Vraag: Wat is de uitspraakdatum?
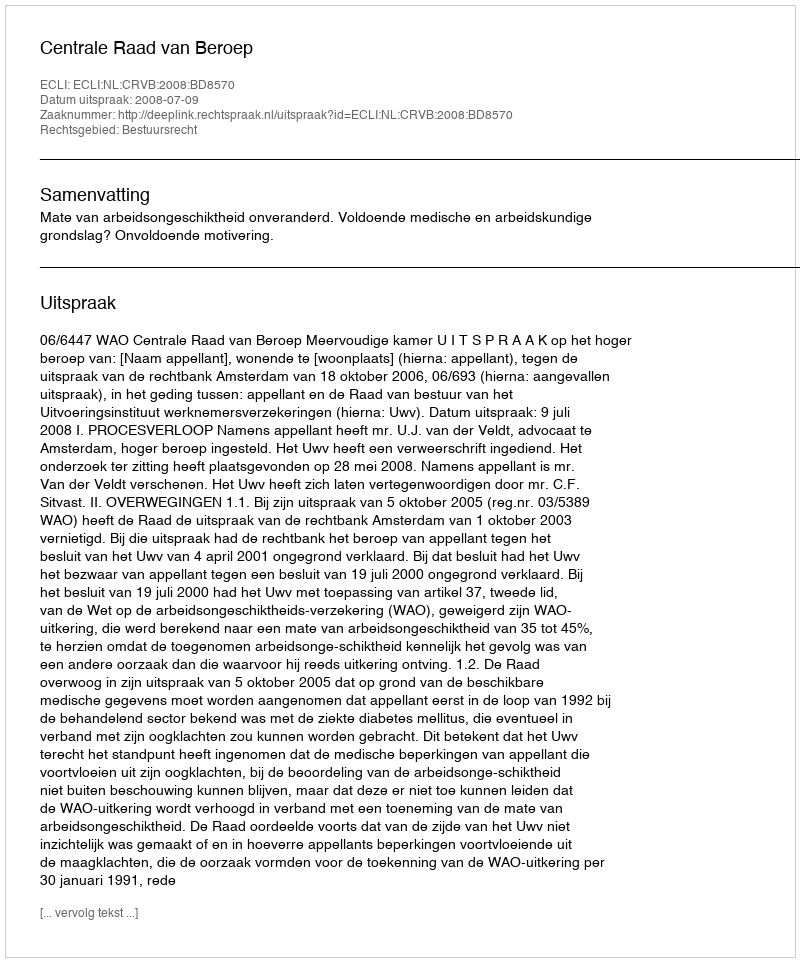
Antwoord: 2008-07-09